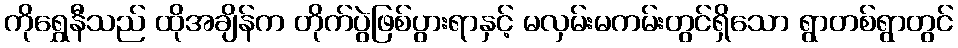
ကိုရွှေနီသည် ထိုအချိန်က တိုက်ပွဲဖြစ်ပွားရာနှင့် မလှမ်းမကမ်းတွင်ရှိသော ရွာတစ်ရွာတွင်